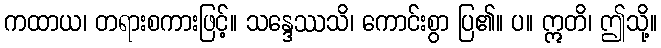
ကထာယ၊ တရားစကားဖြင့်။ သန္ဒေဿသိ၊ ကောင်းစွာ ပြ၏။ ပ။ ဣတိ၊ ဤသို့။